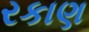
રકાણ